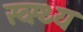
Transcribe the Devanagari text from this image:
स्व्स्थ्य